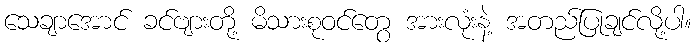
သေချာအောင် ခင်ဗျားတို့ မိသားစုဝင်တွေ အားလုံးနဲ့ အတည်ပြုချင်လို့ပါ။